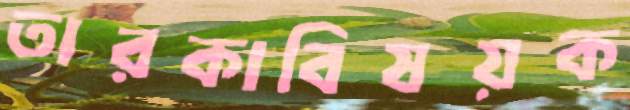
তারকাবিষয়ক